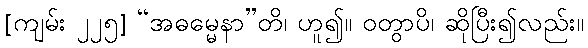
[ကျမ်း ၂၂၅] “အဓမ္မေနာ”တိ၊ ဟူ၍။ ဝတွာပိ၊ ဆိုပြီး၍လည်း။